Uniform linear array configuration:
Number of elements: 24
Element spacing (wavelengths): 0.75
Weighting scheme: kaiser
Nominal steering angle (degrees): -30
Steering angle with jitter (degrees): -31.222
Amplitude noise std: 0.05
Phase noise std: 0.05

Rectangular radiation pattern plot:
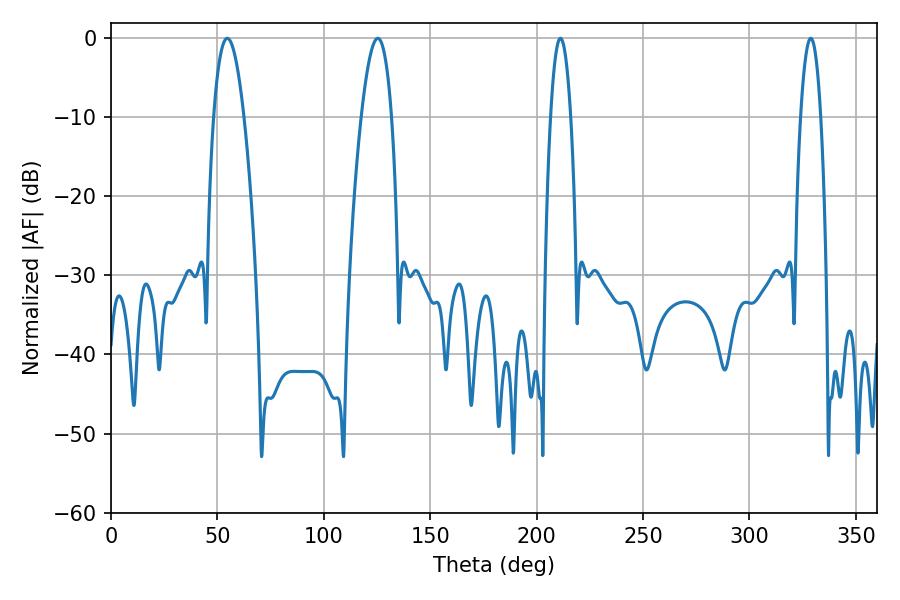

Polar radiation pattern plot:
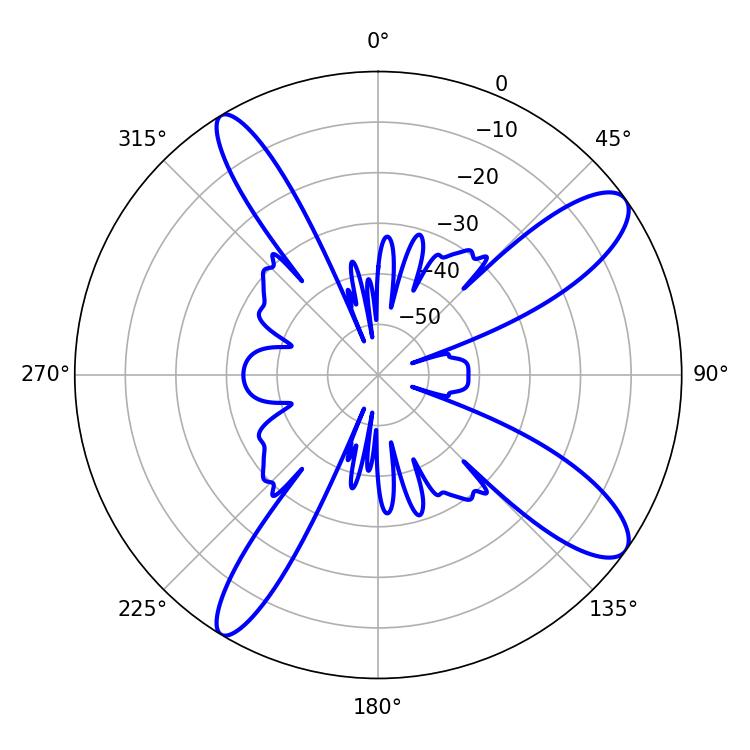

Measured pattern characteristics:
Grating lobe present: TRUE
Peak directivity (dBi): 11.592
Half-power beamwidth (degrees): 5.22
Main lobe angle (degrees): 211.14